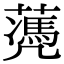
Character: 𦿅